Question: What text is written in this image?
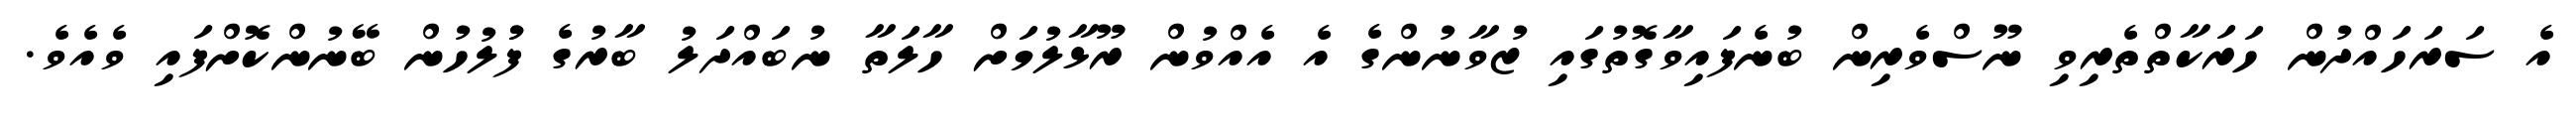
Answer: އެ ސަރަހައްދުން ހަރަކާތްތެރިވި ނޫސްވެރިން ބުނެފައިވާގޮތުގައި ޒުވާނުންގެ އެ އެއްވުން ރޫޅާލުމަށް ހާލަތާ ނުބައްދަލު ބާރުގެ ފުުލުހުން ބޭނުންކޮށްފައި ވެއެވެ.